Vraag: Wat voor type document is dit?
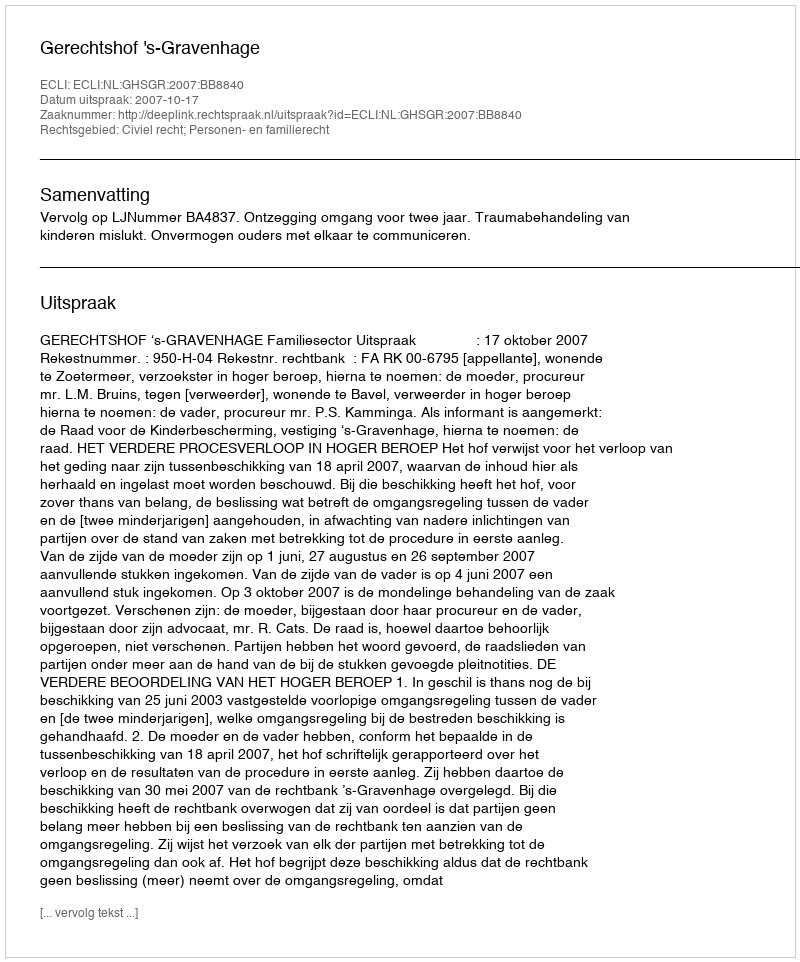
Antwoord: Uitspraak